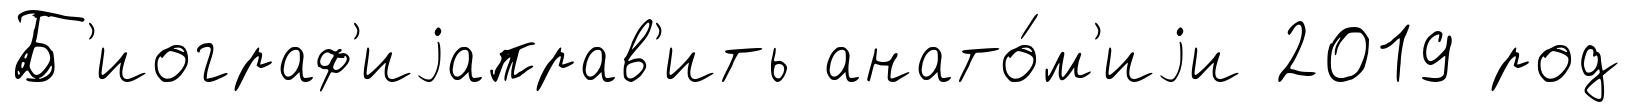
Б'иограф'иjаправ'ить анато́м'иjи 2019 род